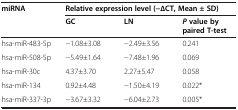
| miRNA | <COLSPAN=3> Relative expression level (ΔΔCT, Mean ± SD) |
 |  | GC | LN | P value by paired T-test |
 | --- | --- | --- | --- |
 | hsa-miR-483-5p | −1.08±3.08 | −2.49±3.56 | 0.241 |
 | hsa-miR-508-5p | −5.49±1.64 | −7.48±1.96 | 0.069 |
 | hsa-miR-30c | 4.37±3.70 | 2.27±5.47 | 0.058 |
 | hsa-miR-134 | 0.92±4.48 | −1.50±4.19 | 0.022* |
 | hsa-miR-337-3p | −3.67±3.32 | −6.04±2.73 | 0.005* |